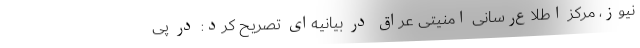
نیوز، مرکز اطلاع‌رسانی امنیتی عراق در بیانیه‌ای تصریح کرد: در پی